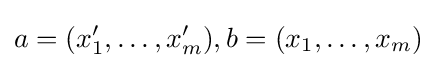
a=(x'_{1},\ldots ,x'_{m}),b=(x_{1},\ldots ,x_{m})